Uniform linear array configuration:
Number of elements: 4
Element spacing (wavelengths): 1
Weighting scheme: hamming
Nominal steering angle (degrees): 30
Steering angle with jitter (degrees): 28.482
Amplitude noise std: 0.05
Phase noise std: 0.05

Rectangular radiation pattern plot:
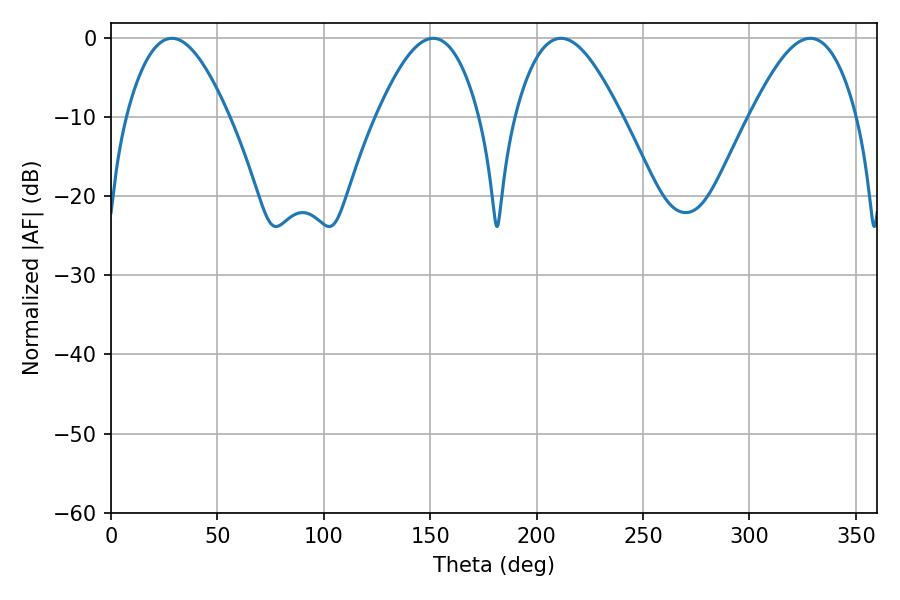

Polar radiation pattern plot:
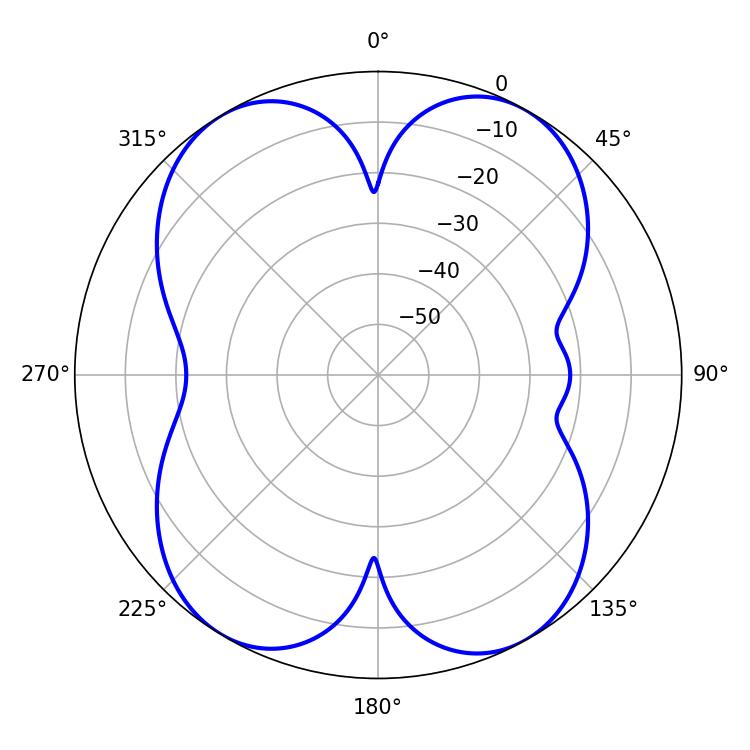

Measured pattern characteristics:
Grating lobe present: TRUE
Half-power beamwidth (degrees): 26.1
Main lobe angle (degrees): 28.62